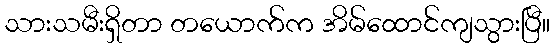
သားသမီးရှိတာ တယောက်က အိမ်ထောင်ကျသွားပြီ။